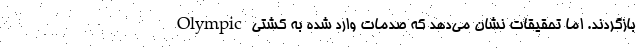
بازگردند. اما تحقیقات نشان می‌دهد که صدمات وارد شده به کشتی Olympic